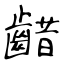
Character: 齰